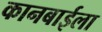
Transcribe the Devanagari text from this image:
कानबाईला